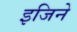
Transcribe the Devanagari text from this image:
इजिने